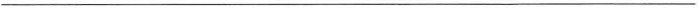
___